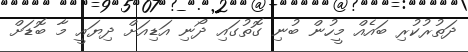
ދަތުރުކުރި ބައެއް މީހުން ބުނި ގޮތުގައި ދޯނި އަޑިއަށް ދިޔައީ މާ ބޮޑަށް